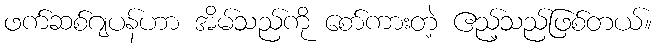
ဖက်ဆစ်ဂျပန်ဟာ အိမ်သည်ကို စော်ကားတဲ့ ဧည့်သည်ဖြစ်တယ်။